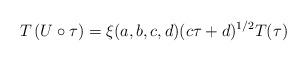
LaTeX: \begin{align*} T\left(U\circ\tau\right) =\xi(a,b,c,d) (c\tau+d)^{1/2} T(\tau)\end{align*}